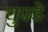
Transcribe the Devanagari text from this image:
चुपडे